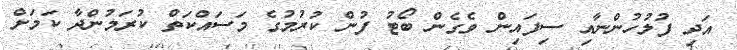
އަދި ފުލުހުންނާއި ސިފައިން ވެގެން ބޯޓު ފުން ކުރުމުގެ މަސައްކަތް ކުރަމުންދާ ކަމަށް